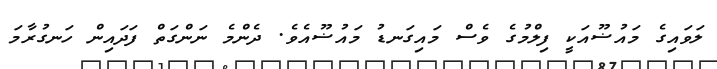
ލަވައިގެ މައުޟޫއަކީ ފިލްމުގެ ވެސް މައިގަނޑު މައުޟޫއެވެ. ދެންމެ ނަންގަތް ފަދައިން ހަނގުރާމަ